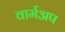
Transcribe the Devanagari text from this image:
वार्मअप